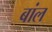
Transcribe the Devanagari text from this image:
बांल